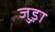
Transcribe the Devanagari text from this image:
जुड़़ा